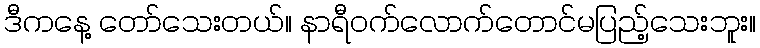
ဒီကနေ့ တော်သေးတယ်။ နာရီဝက်လောက်တောင်မပြည့်သေးဘူး။